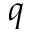
q